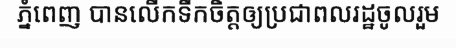
ភ្នំពេញ បានលើកទឹកចិត្តឲ្យប្រជាពលរដ្ឋចូលរួម